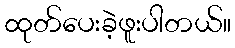
ထုတ်ပေးခဲ့ဖူးပါတယ်။